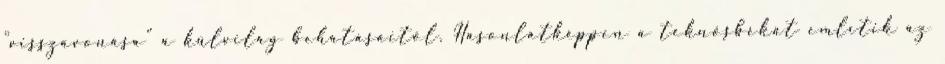
"visszavonása" a külvilág behatásaitól. Hasonlatképpen a teknősbékát említik az